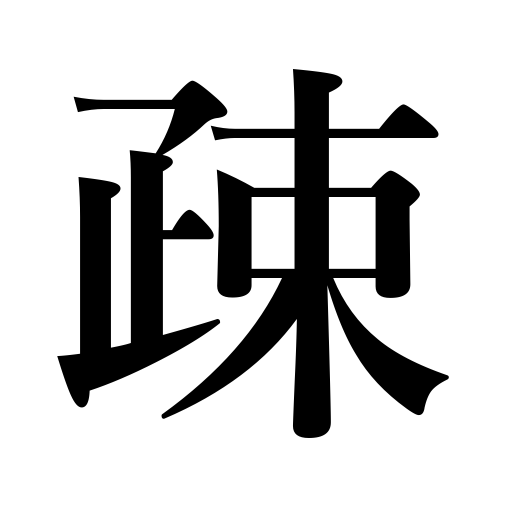
Meanings: rough,shun,alienate,estranged,distant,sparseness,neglect,ignorant of,disinterested,estrangement